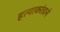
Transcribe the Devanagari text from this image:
हत्याकांडाने